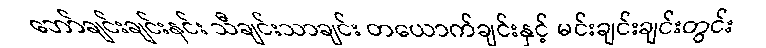
ဘော်ချင်းချင်းနင်း သီချင်းသာချင်း တယောက်ချင်းနှင့် မင်းချင်းချင်းတွင်း